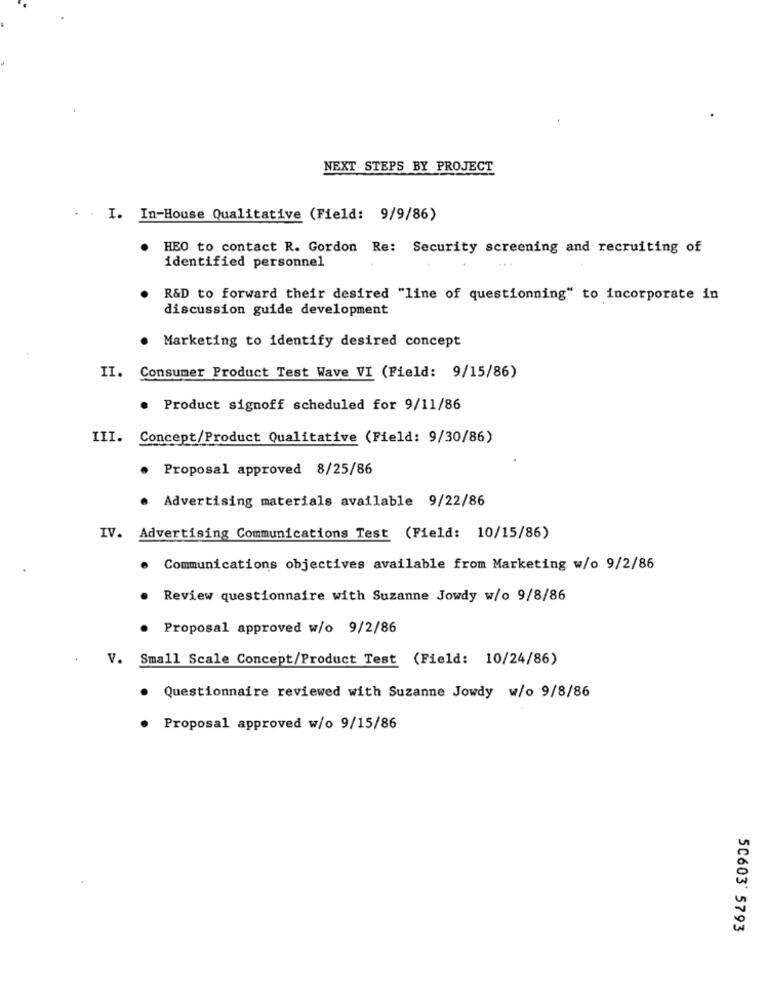
NEXT STEPS BY PROJECT
I. In-House Qualitative (Field: 9/9/86)
HEO to contact R. Gordon Re: Security screening and recruiting of
identified personnel
R&D to forward their desired "line of questionning" to incorporate in
discussion guide development
.
Marketing to identify desired concept
II.
Consumer Product Test Wave VI (Field: 9/15/86)
.
Product signoff scheduled for 9/11/86
III.
Concept/Product Qualitative (Field: 9/30/86)
Proposal approved 8/25/86
Advertising materials available 9/22/86
IV. Advertising Communications Test (Field: 10/15/86)
. Communications objectives available from Marketing w/o 9/2/86
Review questionnaire with Suzanne Jowdy w/o 9/8/86
Proposal approved w/o 9/2/86
V. Small Scale Concept/Product Test (Field: 10/24/86)
Questionnaire reviewed with Suzanne Jowdy w/o 9/8/86
Proposal approved w/o 9/15/86
50603' 5793